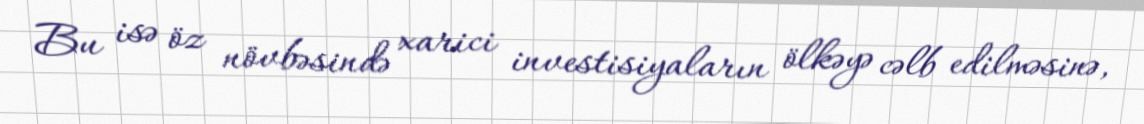
Bu isə öz növbəsində xarici investisiyaların ölkəyə cəlb edilməsinə,